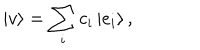
LaTeX: | v \rangle = \sum _ { i } c _ { i } \left| e _ { i } \right\rangle ,